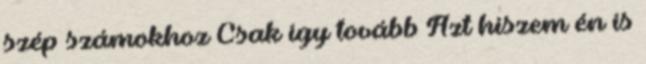
szép számokhoz Csak így tovább Azt hiszem én is